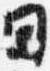
日